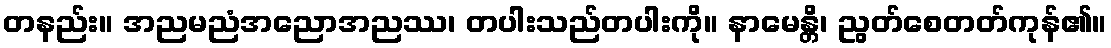
တနည်း။ အညမညံအညောအညဿ၊ တပါးသည်တပါးကို။ နာမေန္တိ၊ ညွတ်စေတတ်ကုန်၏။